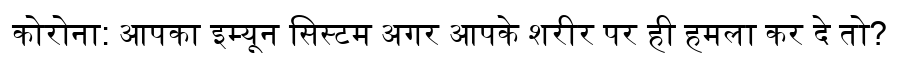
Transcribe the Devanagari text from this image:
कोरोना: आपका इम्यून सिस्टम अगर आपके शरीर पर ही हमला कर दे तो?